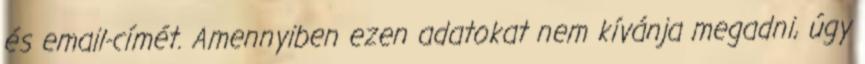
és email-címét. Amennyiben ezen adatokat nem kívánja megadni, úgy